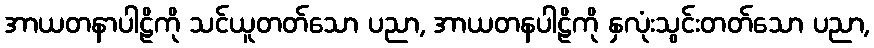
အာယတနာပါဠိကို သင်ယူတတ်သော ပညာ, အာယတနပါဠိကို နှလုံးသွင်းတတ်သော ပညာ,